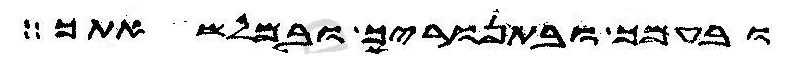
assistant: ובעמך ובתנוריך ובמלשאתך